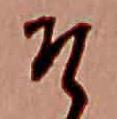
そ